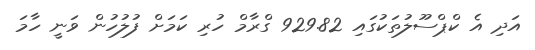
އަދި އެ ކްޕްސޫލުތަކުގައި 929.82 ގްރާމް ހުރި ކަމަށް ފުލުހުން ވަނީ ހާމަ